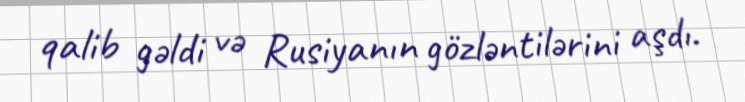
qalib gəldi və Rusiyanın gözləntilərini aşdı.